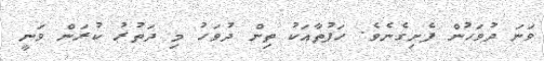
ވަނަ ދުވަހުން ފެށިގެނެވެ. ހަފުތާއަކު ތިން ދުވަހު މި ދަތުރު ކުރަން ވަނީ